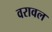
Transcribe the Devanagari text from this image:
वरावल